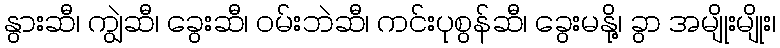
နွားဆီ၊ ကျွဲဆီ၊ ခွေးဆီ၊ ဝမ်းဘဲဆီ၊ ကင်းပုစွန်ဆီ၊ ခွေးမနို့၊ ခွာ အမျိုးမျိုး၊